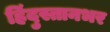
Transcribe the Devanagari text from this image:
हिंदुस्तानभर